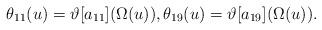
LaTeX: \begin{align*} \theta_{11} (u)=\vartheta [a_{11}] (\Omega (u)), \theta_{19} (u)=\vartheta [a_{19}] (\Omega (u)). \end{align*}